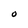
Character: O